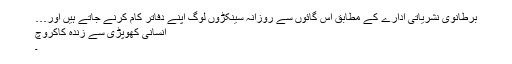
برطانوی نشریاتی ادارے کے مطابق اس گائوں سے روزانہ سینکڑوں لوگ اپنے دفاتر کام کرنے جاتے ہیں اور…
انسانی کھوپڑی سے زندہ کاکروچ
۔